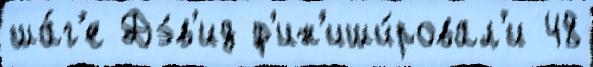
ша́г'е Дэ́в'ид ф'ин'иши́ровал'и 48